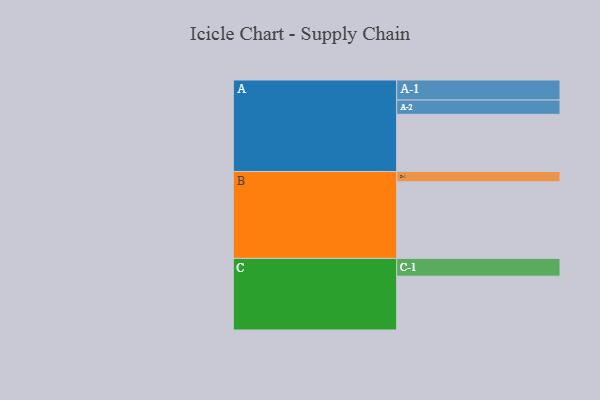
{"axis": {"x": "Segment", "y": "Value"}, "legend": ["", "A", "B", "C"], "data": [{"x": "A", "y": 411, "type": ""}, {"x": "B", "y": 551, "type": ""}, {"x": "C", "y": 387, "type": ""}, {"x": "A-1", "y": 144, "type": "A"}, {"x": "A-2", "y": 103, "type": "A"}, {"x": "B-1", "y": 74, "type": "B"}, {"x": "C-1", "y": 128, "type": "C"}]}